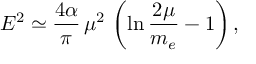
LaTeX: { \cal E } ^ { 2 } \simeq \frac { 4 \alpha } { \pi } \, \mu ^ { 2 } \, \left( \ln \frac { 2 \mu } { m _ { e } } - 1 \right) ,